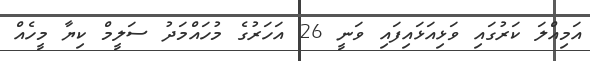
އަމިއްލަ ކަރުގައި ވަޅިއަޅައިފައި ވަނީ 26 އަހަރުގެ މުހައްމަދު ސަލީމް ކިޔާ މީހެއް